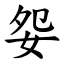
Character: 妴